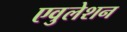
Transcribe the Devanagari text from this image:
एवुलेशन